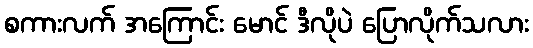
စကားလက် အကြောင်း မောင် ဒီလိုပဲ ပြောလိုက်သလား